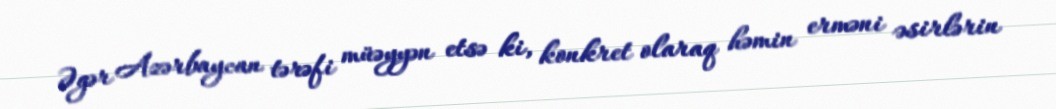
Əgər Azərbaycan tərəfi müəyyən etsə ki, konkret olaraq həmin erməni əsirlərin